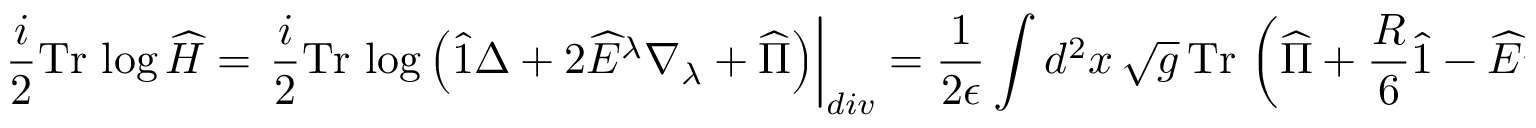
\frac { i } { 2 } \mathrm { T r } \, \log \widehat { \cal H } = \left. \frac { i } { 2 } \mathrm { T r } \, \log \left( \widehat { 1 } \Delta + 2 \widehat { E } ^ { \lambda } \nabla _ { \lambda } + \widehat { \Pi } \right) \right| _ { d i v } = \frac { 1 } { 2 \epsilon } \int d ^ { 2 } x \, \sqrt { g } \, \mathrm { T r } \, \left( \widehat { \Pi } + \frac { R } { 6 } \widehat { 1 } - \widehat { E } ^ { \lambda } \widehat { E } _ { \lambda } - \nabla _ { \lambda } \widehat { E } ^ { \lambda } \right) ,